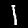
Digit: 1